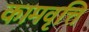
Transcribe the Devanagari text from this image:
कामवृत्ति